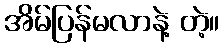
အိမ်ပြန်မလာနဲ့ တဲ့။